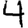
Digit: 4